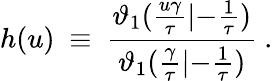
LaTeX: h(u)~\equiv~{\frac{\vartheta_{1}({\frac{u\gamma}{\tau}}|{-{\frac{1}{\tau}}})}{\vartheta_{1}({\frac{\gamma}{\tau}}|{-{\frac{1}{\tau}}})}}\ .